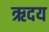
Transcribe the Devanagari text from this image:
ऋदय